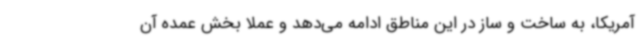
آمریکا، به ساخت و ساز در این مناطق ادامه می‌دهد و عملا بخش عمده آن